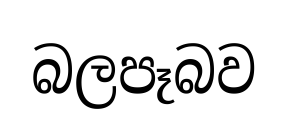
බලපෑබව